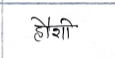
मजकूर: हौशी